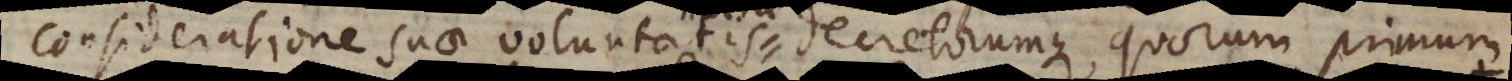
consideratione suae voluntatis decretorumque, quorum primum